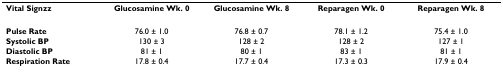
<table><thead><tr><td><b>Vital Signzz</b></td><td><b>Glucosamine Wk. 0</b></td><td><b>Glucosamine Wk. 8</b></td><td><b>Reparagen Wk. 0</b></td><td><b>Reparagen Wk. 8</b></td></tr></thead><tbody><tr><td><b>Pulse Rate</b></td><td>76.0 ± 1.0</td><td>76.8 ± 0.7</td><td>78.1 ± 1.2</td><td>75.4 ± 1.0</td></tr><tr><td><b>Systolic BP</b></td><td>130 ± 3</td><td>128 ± 2</td><td>128 ± 2</td><td>127 ± 1</td></tr><tr><td><b>Diastolic BP</b></td><td>81 ± 1</td><td>80 ± 1</td><td>83 ± 1</td><td>81 ± 1</td></tr><tr><td><b>Respiration Rate</b></td><td>17.8 ± 0.4</td><td>17.7 ± 0.4</td><td>17.3 ± 0.3</td><td>17.9 ± 0.4</td></tr></tbody></table>